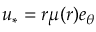
u _ { * } = r \mu ( r ) e _ { \theta }